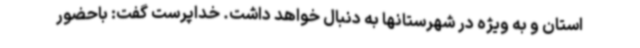
استان و به ویژه در شهرستانها به دنبال خواهد داشت. خداپرست گفت: باحضور